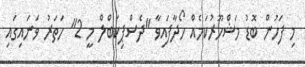
މި ފަހުން ބޮޑު މަޝްހޫރުކަމެއް ހޯދާފައިވާ "ދެސްޕިކަބްލް މީ 2" ހަތަރު ވަނައިގައި